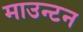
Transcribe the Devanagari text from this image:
माउन्टन